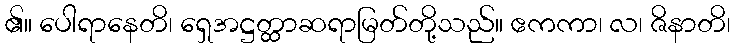
၏။ ပေါရာနေတိ၊ ရှေအဋ္ဌတ္ထာဆရာမြတ်တို့သည်။ ဧကကာ၊ လ၊ ဇိနာတိ၊